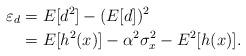
LaTeX: \begin{align*}\varepsilon_d &= E[d^2] - (E[d])^2\\&= E[h^2(x)]-\alpha^2\sigma_x^2-E^2[h(x)].\end{align*}